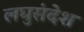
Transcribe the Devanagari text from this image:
लघुसंदेश